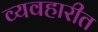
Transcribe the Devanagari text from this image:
व्यवहारीत